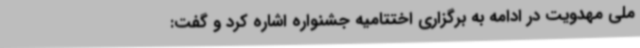
ملی مهدویت در ادامه به برگزاری اختتامیه جشنواره اشاره کرد و گفت: